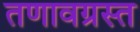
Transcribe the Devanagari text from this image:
तणावग्रस्त